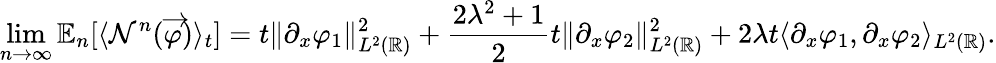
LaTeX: \operatorname*{lim}_{n\to\infty}\mathbb{E}_{n}[\langle\mathcal{N}^{n}(\overrightarrow{\varphi})\rangle_{t}]=t\| \partial_{x}\varphi_{1}\| _{L^{2}(\mathbb{R})}^{2}+\frac{2\lambda^{2}+1}{2}t\| \partial_{x}\varphi_{2}\| _{L^{2}(\mathbb{R})}^{2}+2\lambda t\langle\partial_{x}\varphi_{1},\partial_{x}\varphi_{2}\rangle_{L^{2}(\mathbb{R})}.